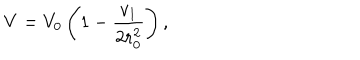
LaTeX: V = V _ { 0 } \left( 1 - { \frac { v _ { 1 } } { 2 r _ { 0 } ^ { 2 } } } \right) ,